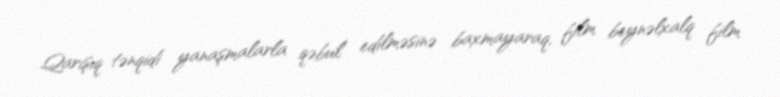
Qarışıq tənqidi yanaşmalarla qəbul edilməsinə baxmayaraq, film beynəlxalq film